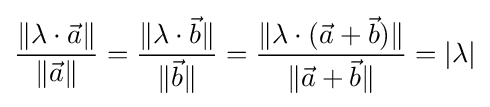
{\frac {\|\lambda \cdot {\vec {a}}\|}{\|{\vec {a}}\|}}={\frac {\|\lambda \cdot {\vec {b}}\|}{\|{\vec {b}}\|}}={\frac {\|\lambda \cdot ({\vec {a}}+{\vec {b}})\|}{\|{\vec {a}}+{\vec {b}}\|}}=|\lambda |